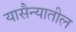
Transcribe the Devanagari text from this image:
यासैन्यातील